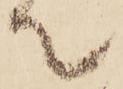
て